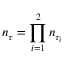
n _ { \tau } = \prod _ { i = 1 } ^ { 2 } n _ { \tau _ { i } }